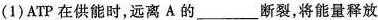
(1)ATP在供能时，远离A的___断裂，将能量释放